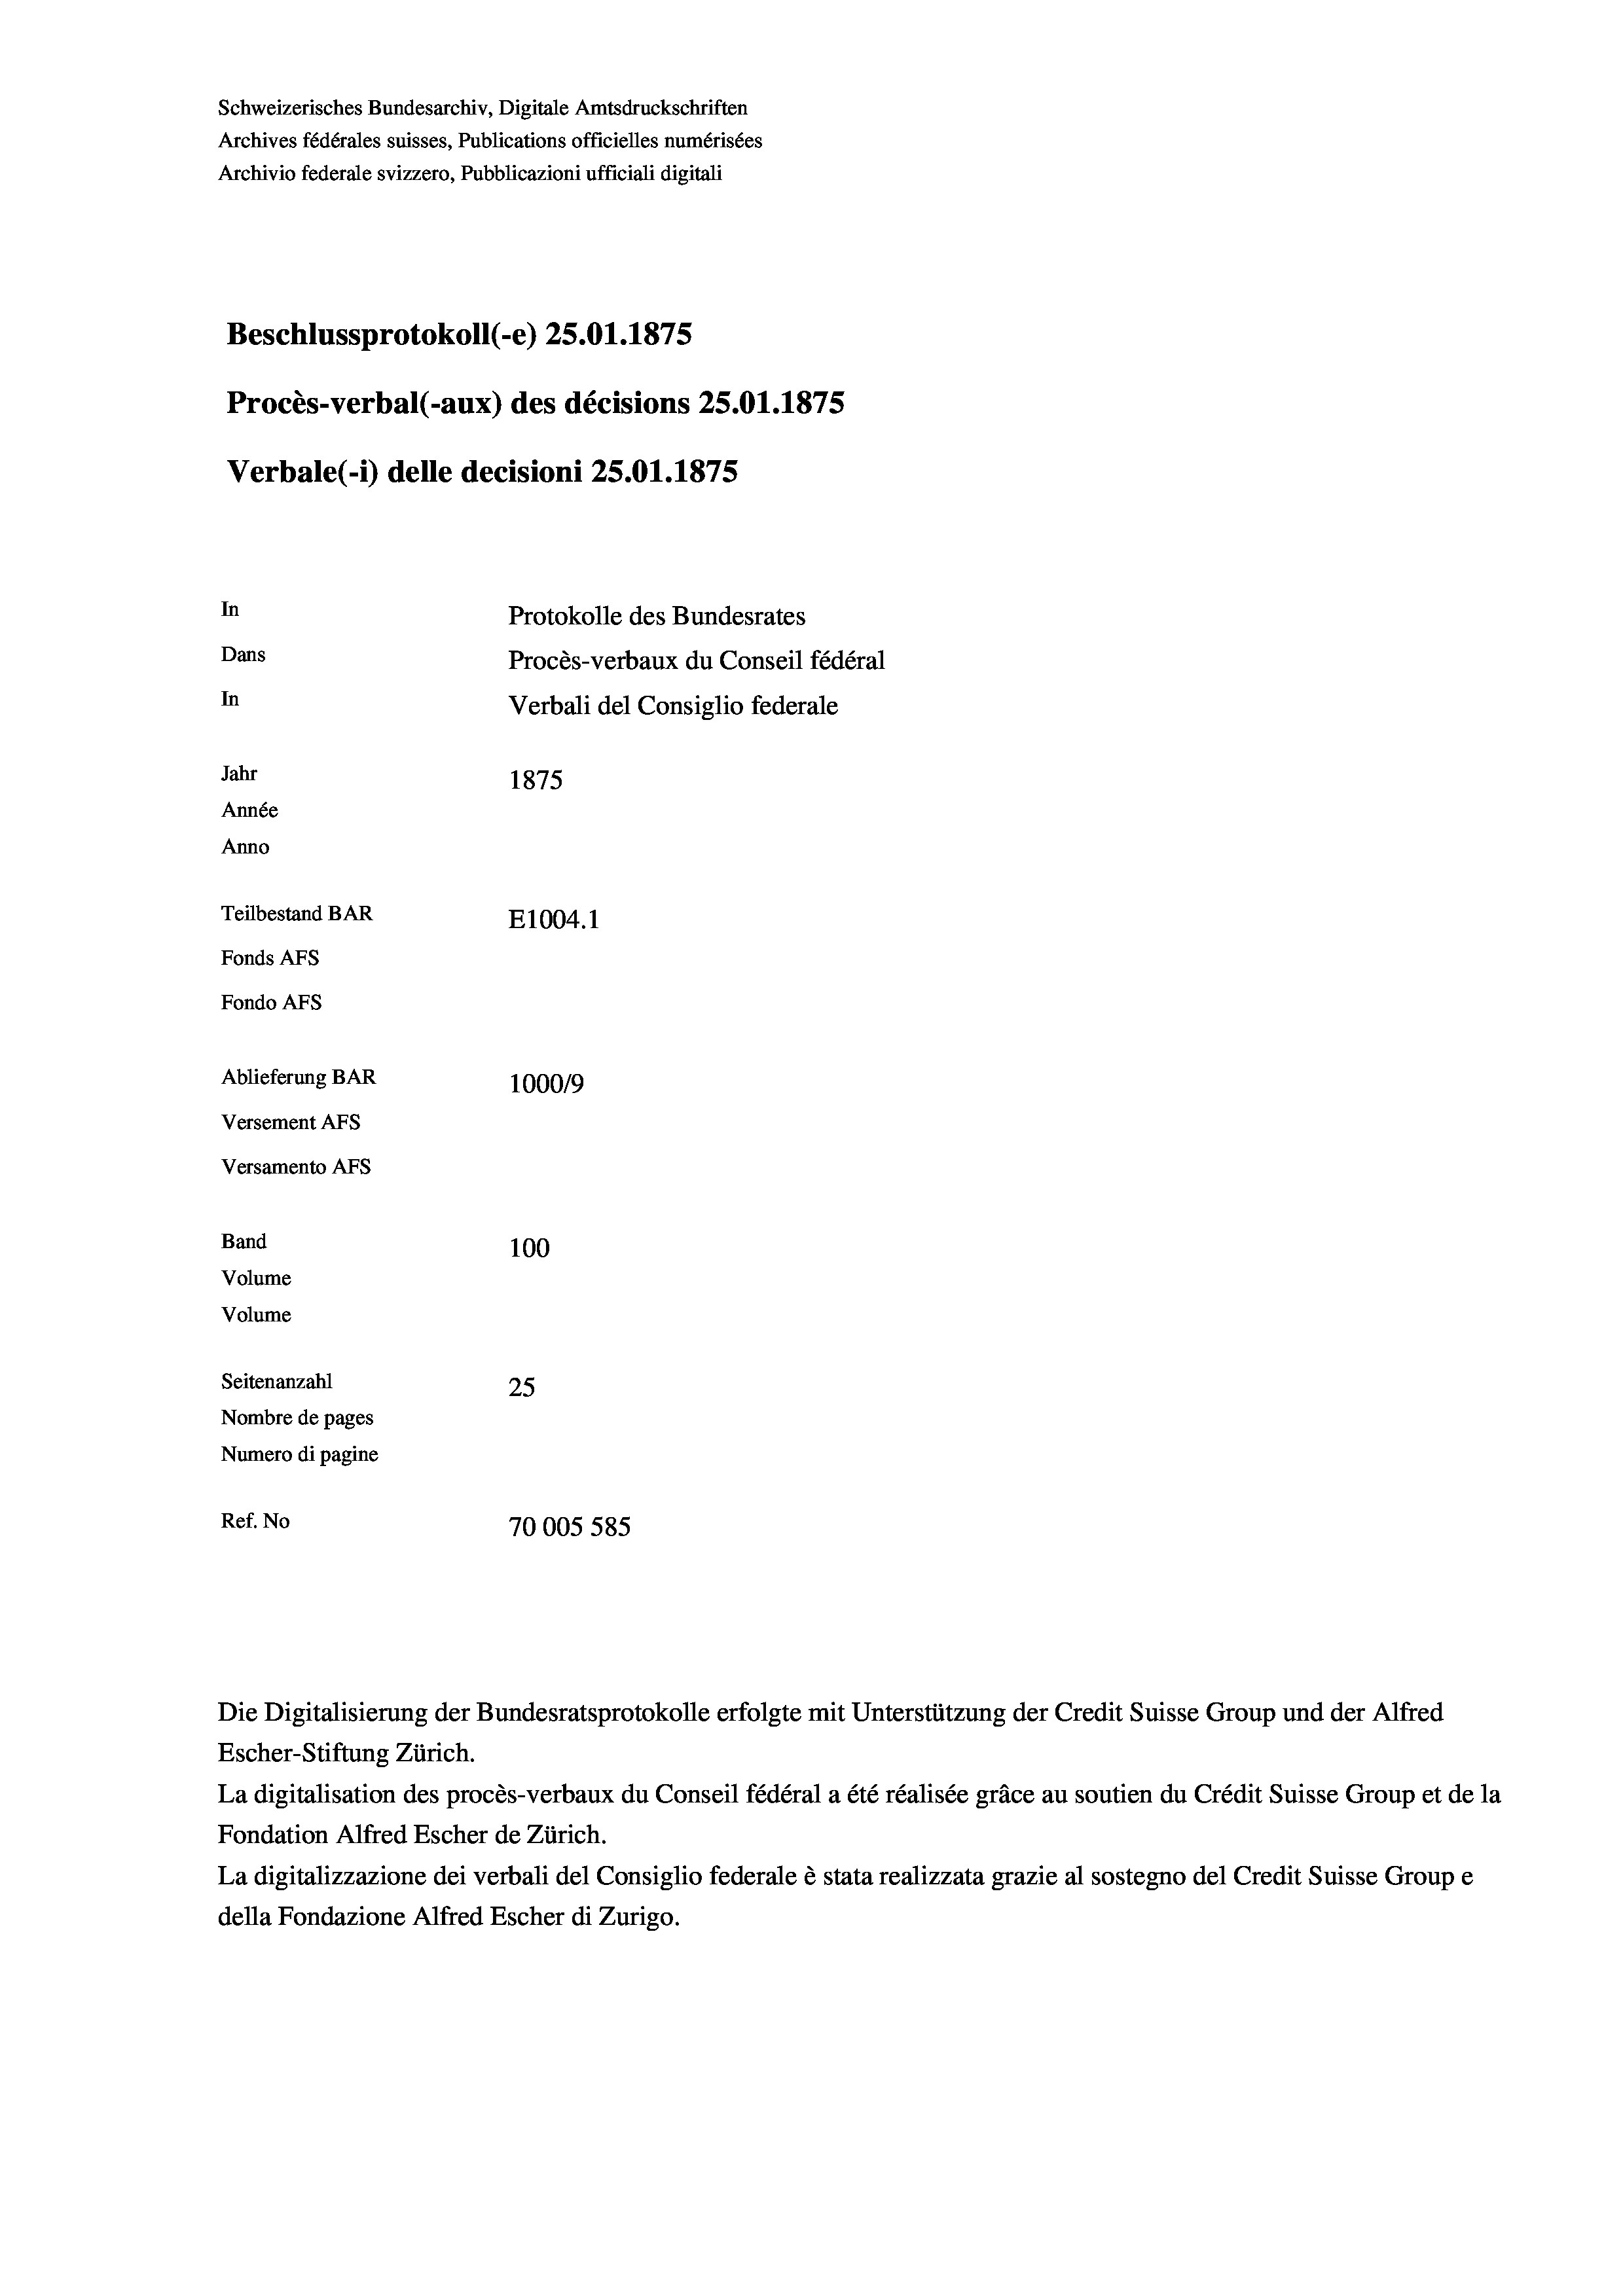
Schweizerisches Bundesarchiv, Digitale Amtsdruckschriften
Archives fédérales suisses, Publications officielles numérisées
Archivio federale svizzero, Pubblicazioni ufficiali digitali
Beschlussprotokoll (-e) 25.01.1875
Procès-verbal (-aux) des décisions 25.01.1875
Verbale(-*) delle decisioni 25.01. 1875
In
Protokolle des Bundesrates
Dans
Procès-verbaux du Conseil fédéral
In
Verbali del Consiglio federale
Jahr
1875
Année
Anno
Teilbestand BAR
E1004. 1
Fonds AFs
Fondo AFs
Ablieferung BAR
1000/9
Versement Abs
Versamento AFs
Band
100
Volume
Volume
Seitenanzahl
25
Nombre de pages
Numero di pagine
Ref. No
70005 585

Escher-Stiftung Zürich.
La digitalisation des procès-verbaux du Conseil fédéral a été réalisée gräce au soutien du Crédit Suisse Group et de la
Fondation Alfred Escher de Zürich.
La digitalizzazione dei verbali del Consiglio federale è stata realizzata grazie al sostegno del Credit Suisse Groupe
della Fondazione Alfred Escher di Zurigo.

Die Digitalisierung der Bundesratsprotokolle erfolgte mit Unterstützung der Credit Suisse Group und der Alfred